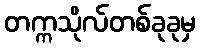
တက္ကသိုလ်တစ်ခုခုမှ